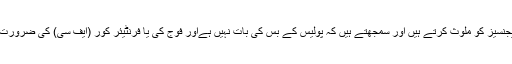
اُن کے الفاظ میں: ’یہی مطالبہ ہم نے پھر کیا ہے کہ آپ اگر فوجی، ایجنسیز کو ملوث کرتے ہیں اور سمجھتے ہیں کہ پولیس کے بس کی بات نہیں ہےاور فوج کی یا فرنٹیئر کور (ایف سی) کی ضرورت ہے، (تو پھر) اُن کو سول ایڈمنسٹریشن کے ماتحت کام کرنا چاہیئے۔